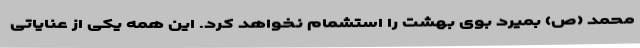
محمد (ص) بمیرد بوی بهشت را استشمام نخواهد کرد. این همه یکی از عنایاتی